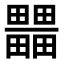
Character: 𤳹